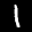
Label: 1